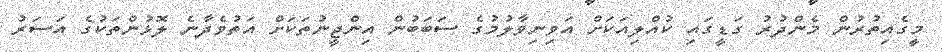
މީގެއިތުރުން މެންދުރު ގަޑީގައި ކުއްލިއަކަށް އަވިނިވާލުމުގެ ސަބަބުން އިންޖީނުތަކަށް އަތުވެދާނެ ލޮޅުންތަކުގެ އަސަރު